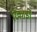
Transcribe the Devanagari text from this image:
रिकाडों